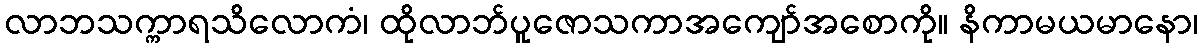
လာဘသက္ကာရသိလောကံ၊ ထိုလာဘ်ပူဇောသကာအကျော်အစောကို။ နိကာမယမာနော၊